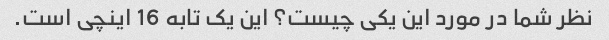
نظر شما در مورد این یکی چیست؟ این یک تابه 16 اینچی است.